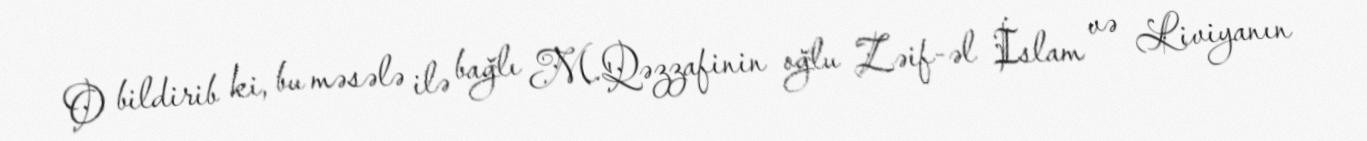
O bildirib ki, bu məsələ ilə bağlı M.Qəzzafinin oğlu Zəif-əl İslam və Liviyanın